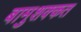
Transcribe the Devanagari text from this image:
बामुशक्कत